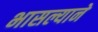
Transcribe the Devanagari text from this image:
भासल्याने